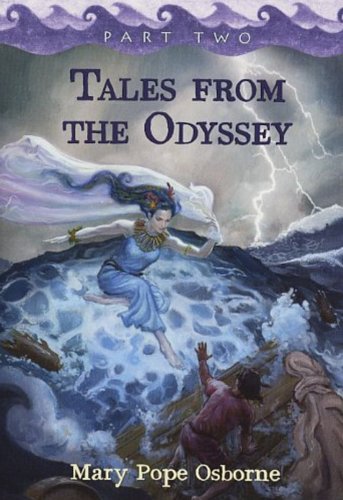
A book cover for Tales from the Odyssey, Part 2; Mary Pope Osborne; Children's Books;